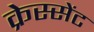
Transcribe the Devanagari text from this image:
क्रेस्सेंट